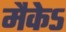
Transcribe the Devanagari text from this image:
मैकेऽ